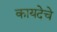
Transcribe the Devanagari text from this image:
कायदेचे